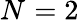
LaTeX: N_{\mathrm{}}=2